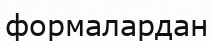
формалардан